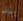
بند